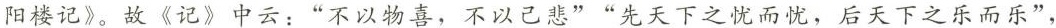
阳楼记》。故《记》中云：”不以物喜，不以己悲””先天下之忧而忧，后天下之乐而乐”，